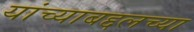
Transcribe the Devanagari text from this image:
यांच्याबद्दलच्या